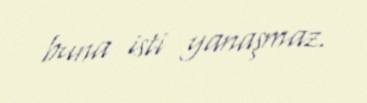
buna isti yanaşmaz.